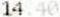
14.40